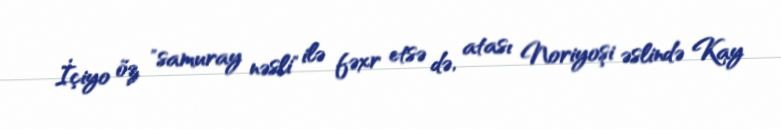
İçiyo öz "samuray nəsli" ilə fəxr etsə də, atası Noriyoşi əslində Kay